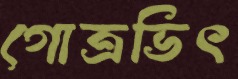
গোত্রভিৎ